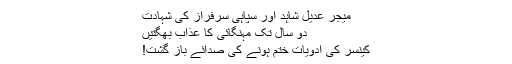
میجر عدیل شاہد اور سپاہی سرفراز کی شہادت
دو سال تک مہنگائی کا عذاب بھگتیں
کینسر کی ادویات ختم ہونے کی صدائے باز گشت!